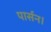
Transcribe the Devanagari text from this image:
पार्सन।